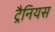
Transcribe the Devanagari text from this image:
ट्रैनियस